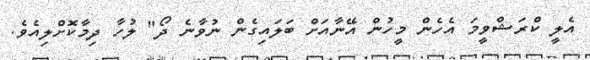
އެލީ ކްރަޝްވީމަ އެހެން މީހުން އޭނާއަށް ބަލައިގެން ނުވާނެ ދޯ" ލުހާ ދިމާކޮށްލިއެވެ.